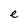
Character: e